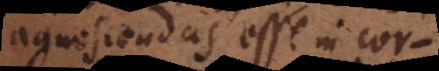
agnoscendas esse in cor